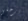
ترحلي